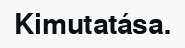
Kimutatása.